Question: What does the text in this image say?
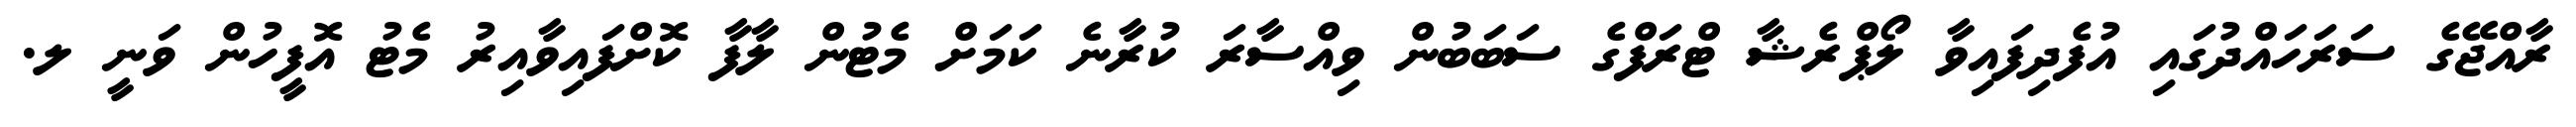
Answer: ރާއްޖޭގެ ސަރަހައްދުގައި އުފެދިފައިވާ ލޯޕްރެޝާ ޓްރަފްގެ ސަބަބުން ވިއްސާރަ ކުރާނެ ކަމަށް މެޓުން ލާފާ ކޮށްފައިވާއިރު މެޓު އޮފީހުން ވަނީ ލ.